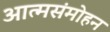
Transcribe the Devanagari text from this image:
आत्मसंमोहन